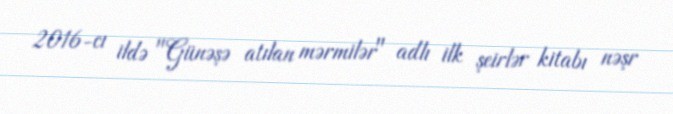
2016-cı ildə "Günəşə atılan mərmilər" adlı ilk şeirlər kitabı nəşr